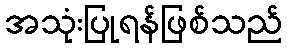
အသုံးပြုရန်ဖြစ်သည်